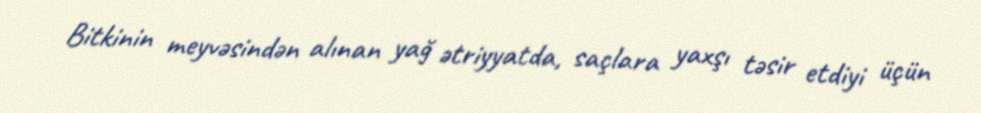
Bitkinin meyvəsindən alınan yağ ətriyyatda, saçlara yaxşı təsir etdiyi üçün